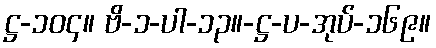
ဋ္ဌ-၁၀၄။ ဗိ-၁-ပါ-၁၃။-ဋ္ဌ-ပ-အုပ်-၁၆၉။